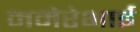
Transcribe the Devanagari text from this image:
ममेरेभाई